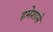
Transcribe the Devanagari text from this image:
हमेशासे